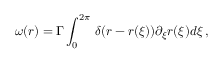
\boldsymbol { \omega } ( \boldsymbol { r } ) = \Gamma \int _ { 0 } ^ { 2 \pi } \, \delta ( \boldsymbol { r } - \boldsymbol { r } ( \xi ) ) \partial _ { \xi } { \boldsymbol { r } } ( \xi ) d \xi \, ,